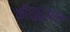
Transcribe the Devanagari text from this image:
कीशुरूआत